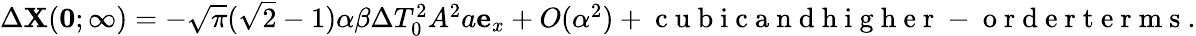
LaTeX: \begin{array}{r}{\Delta\mathbf{X}(\mathbf{0};\infty)=-\sqrt{\pi}(\sqrt{2}-1)\alpha\beta\Delta T_{0}^{2}A^{2}a\mathbf{e}_{x}+O(\alpha^{2})+\mathrm{~c~u~b~i~c~a~n~d~h~i~g~h~e~r~-~o~r~d~e~r~t~e~r~m~s~}.}\end{array}